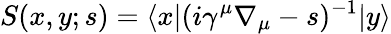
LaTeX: S(x,y;s)=\langle x|(i\gamma^{\mu}\nabla_{\mu}-s)^{-1}|y\rangle